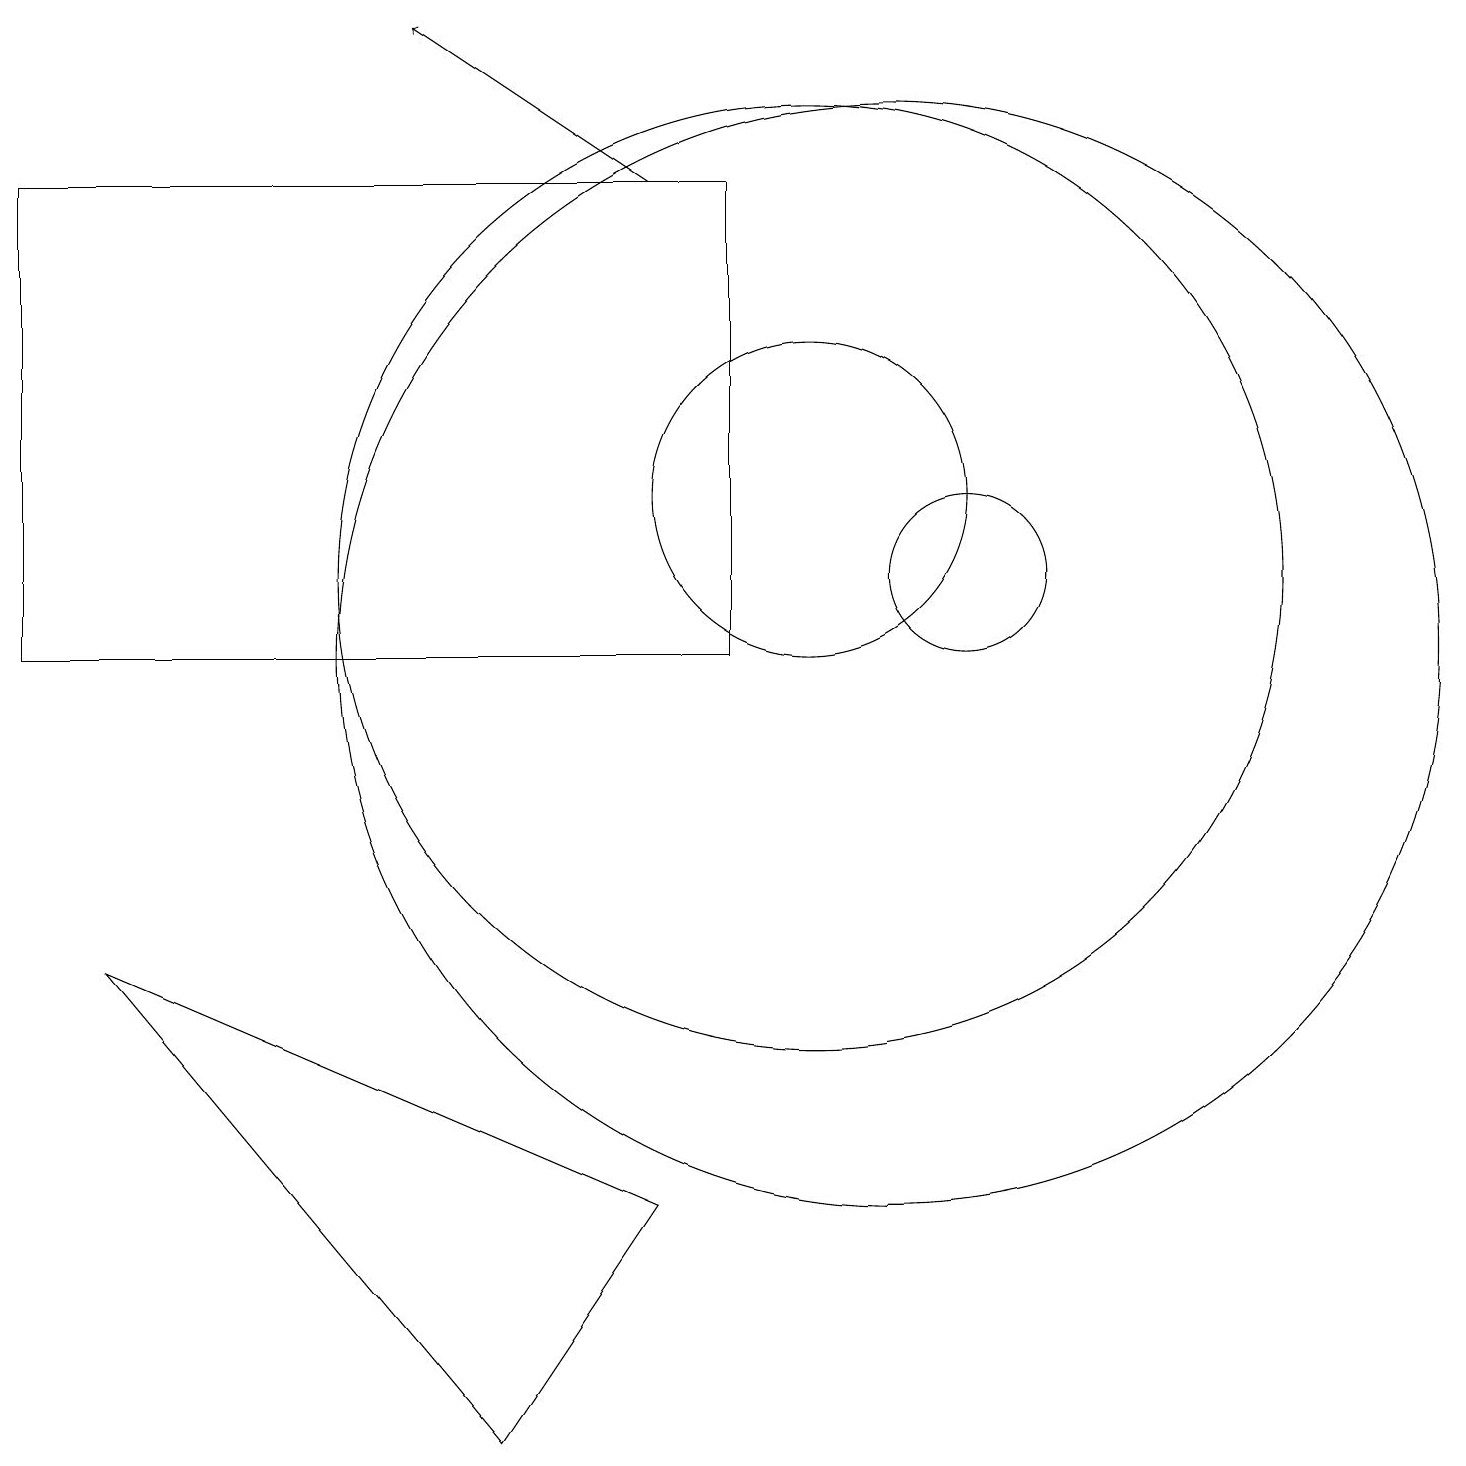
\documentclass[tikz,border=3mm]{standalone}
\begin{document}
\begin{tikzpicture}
\draw[->] (8,16) -- (5,18);
\draw (10,12) circle (2);
\draw (6,0) -- (8,3) -- (1,6) -- cycle;
\draw (10,11) circle (6);
\draw (12,11) circle (1);
\draw (0,10) rectangle (9,16);
\draw (11,10) circle (7);
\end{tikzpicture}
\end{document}